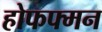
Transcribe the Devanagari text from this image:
होफफ्मन